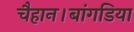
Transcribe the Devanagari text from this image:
चैहान।बांगडिया